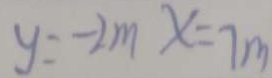
y = - 2 m x = 7 m